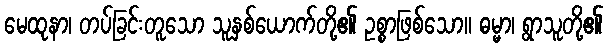
မေထုနာ၊ တပ်ခြင်းတူသော သူနှစ်ယောက်တို့၏ ဥစ္စာဖြစ်သော။ ဓမ္မာ၊ ရွာသူတို့၏